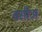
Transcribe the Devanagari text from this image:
वसीअ